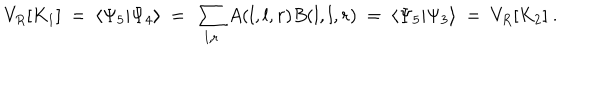
LaTeX: V _ { R } [ K _ { 1 } ] ~ = ~ \langle \Psi _ { 5 } | \Psi _ { 4 } \rangle ~ = ~ \sum _ { l , r } A ( l , l , r ) B ( l , l , r ) ~ = ~ \langle \Psi _ { 5 } | \Psi _ { 3 } \rangle ~ = ~ V _ { R } [ K _ { 2 } ] ~ .